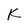
Character: K